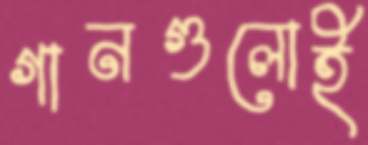
গানগুলোই